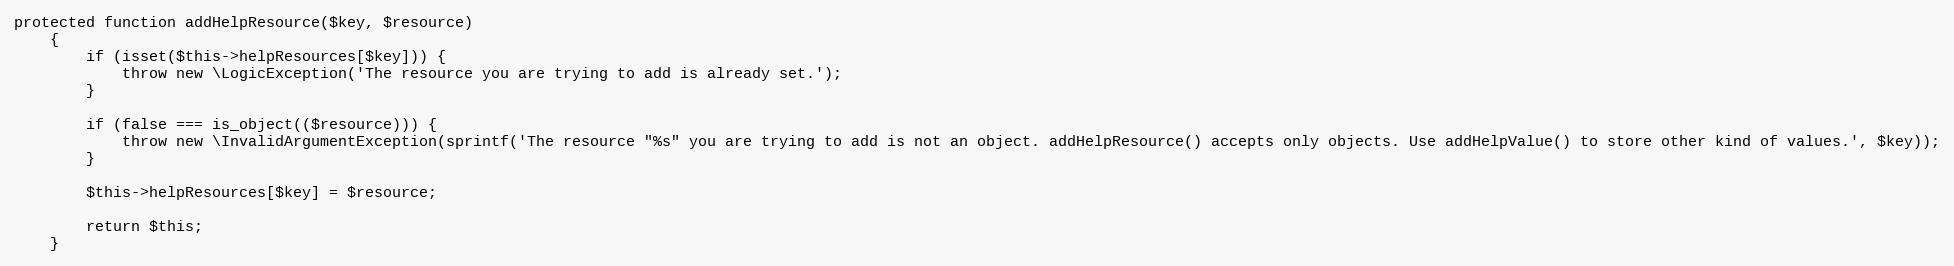
Language: PHP
protected function addHelpResource($key, $resource)
    {
        if (isset($this->helpResources[$key])) {
            throw new \LogicException('The resource you are trying to add is already set.');
        }

        if (false === is_object(($resource))) {
            throw new \InvalidArgumentException(sprintf('The resource "%s" you are trying to add is not an object. addHelpResource() accepts only objects. Use addHelpValue() to store other kind of values.', $key));
        }

        $this->helpResources[$key] = $resource;

        return $this;
    }